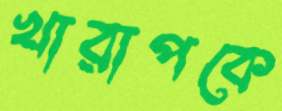
খারাপকে